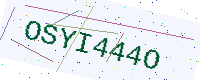
Text: OSYI444O